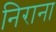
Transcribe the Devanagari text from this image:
निराना